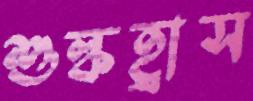
শুল্কহ্রাস